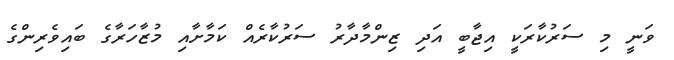
ވަނީ މި ސަރުކާރަކީ އިޖާބީ އަދި ޒިންމާދާރު ސަރުކާރެއް ކަމާށާއި މުޒާހަރާގެ ބައިވެރިންގެ